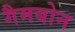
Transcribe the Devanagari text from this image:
गैमबोन